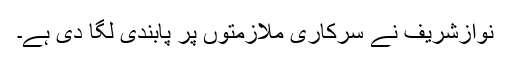
نوازشریف نے سرکاری ملازمتوں پر پابندی لگا دی ہے۔